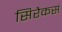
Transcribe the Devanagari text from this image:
सिरैकस